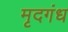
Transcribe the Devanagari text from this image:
मृदगंध